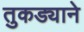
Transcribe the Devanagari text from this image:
तुकड्याने